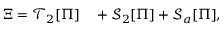
\begin{array} { r l } { \Xi = \mathcal { T } _ { 2 } [ \Pi ] } & { { } + \mathcal { S } _ { 2 } [ \Pi ] + \mathcal { S } _ { a } [ \Pi ] , } \end{array}